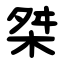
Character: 桀